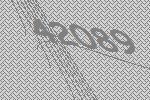
42089